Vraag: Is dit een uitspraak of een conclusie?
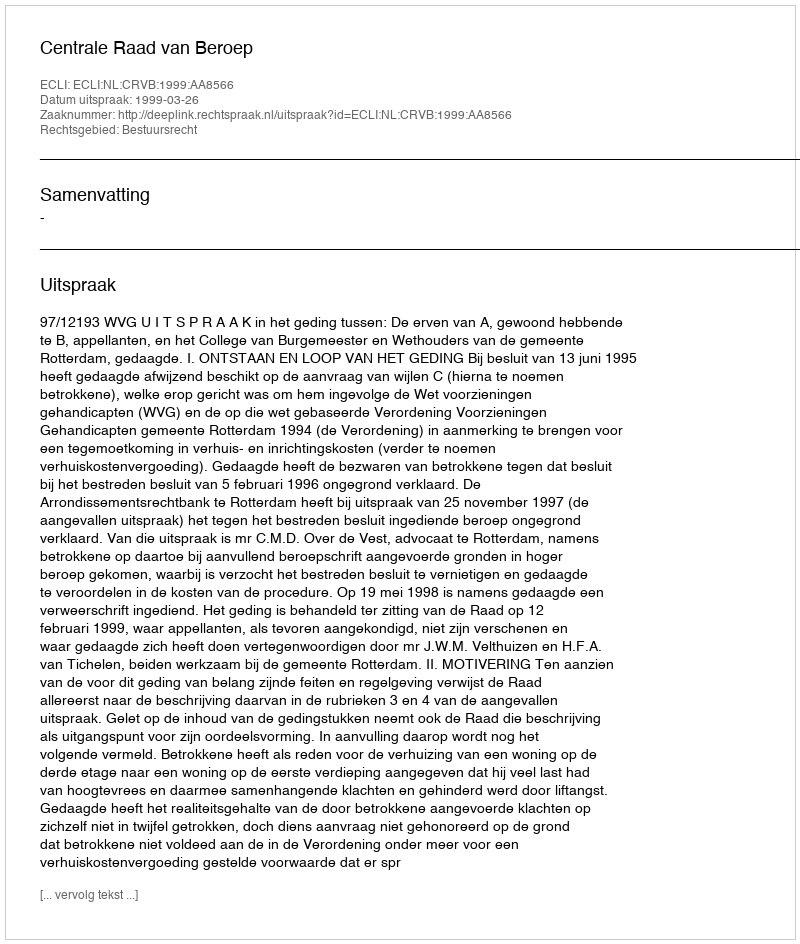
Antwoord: Uitspraak